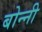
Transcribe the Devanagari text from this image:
बोन्‍नी